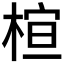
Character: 𪲩